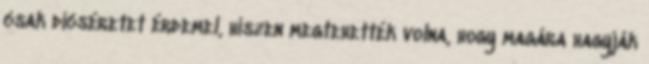
csak dicséretet érdemel, hiszen megtehették volna, hogy magára hagyják